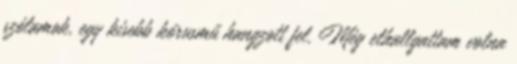
szólamok, egy kisebb kórusmű hangzott fel. Még elhallgattam volna